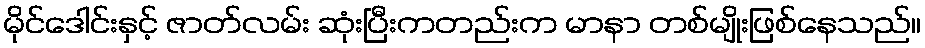
မိုင်ဒေါင်းနှင့် ဇာတ်လမ်း ဆုံးပြီးကတည်းက မာနာ တစ်မျိုးဖြစ်နေသည်။